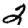
Digit: 2